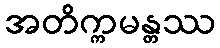
အတိက္ကမန္တဿ